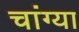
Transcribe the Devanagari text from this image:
चांग्या